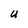
Character: U